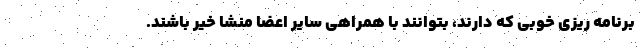
برنامه ریزی خوبی که دارند، بتوانند با همراهی سایر اعضا منشا خیر باشند.